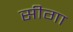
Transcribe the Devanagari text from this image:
सीगा